Scottish Leaving Certificate Examination, 1958
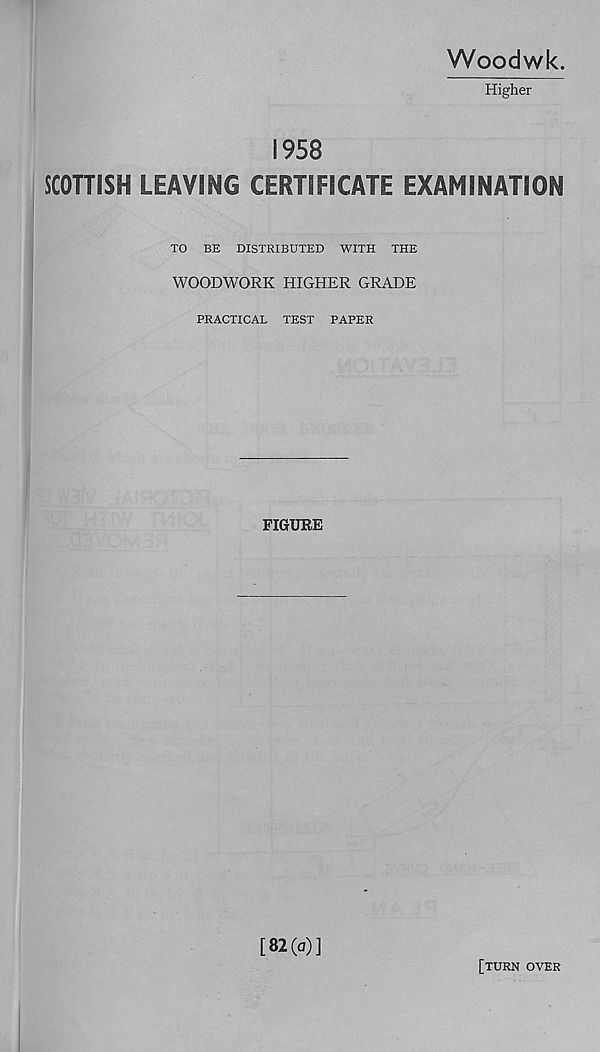
Woodwk.
Higher
1958
SCOTTISH LEAVING CERTIFICATE EXAMINATION
TO BE DISTRIBUTED WITH THE
WOODWORK HIGHER GRADE
PRACTICAL TEST PAPER
FIGURE
[82(a)]
[turn over